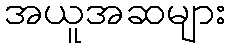
အယူအဆများ